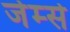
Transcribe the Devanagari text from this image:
जेम्से